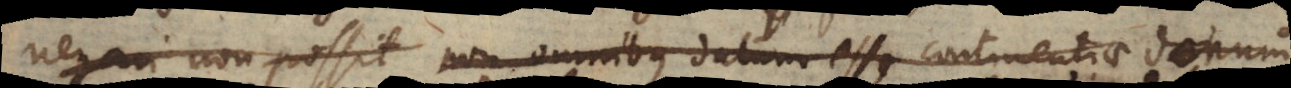
negari non possit non omnibus datum esse continentiae donum